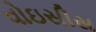
વોઇસીસ